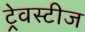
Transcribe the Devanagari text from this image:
ट्रेवस्टीज